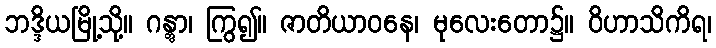
ဘဒ္ဒိယမြို့သို့။ ဂန္တွာ၊ ကြွ၍။ ဇာတိယာဝနေ၊ မုလေးတော၌။ ဝိဟာသိကိရ၊